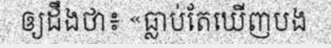
ឲ្យដឹងថា៖ «ធ្លាប់តែឃើញបង